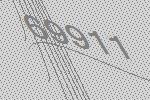
69911